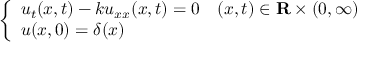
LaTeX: \left\{ \begin{array} { l l } { u _ { t } ( x , t ) - k u _ { x x } ( x , t ) = 0 } & { ( x , t ) \in \mathbf { R } \times ( 0 , \infty ) } \\ { u ( x , 0 ) = \delta ( x ) } & { } \end{array} \right.